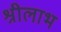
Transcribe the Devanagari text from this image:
श्रीलाभ